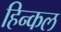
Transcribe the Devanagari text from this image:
हिन्कल